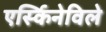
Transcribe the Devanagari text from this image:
एर्स्किनेविले